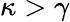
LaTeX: \kappa>\gamma